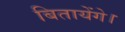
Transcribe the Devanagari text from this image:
बितायेंगे।